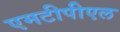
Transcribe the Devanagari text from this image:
एमटीपीएल